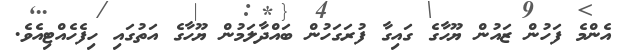
އެންމެ ފަހުން ޒައުން ޔޫހާގެ ގައިގާ ފުރަގަހުން ބައްދާލަމުން ޔޫހާގެ އަތުގައި ހިފެހެއްޓިއެވެ.